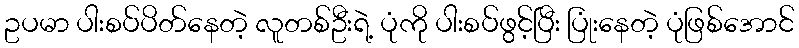
ဥပမာ ပါးစပ်ပိတ်နေတဲ့ လူတစ်ဦးရဲ့ ပုံကို ပါးစပ်ဖွင့်ပြီး ပြုံးနေတဲ့ ပုံဖြစ်အောင်